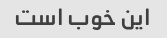
این خوب است